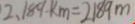
2 . 1 8 9 k m = 2 1 8 9 m